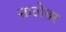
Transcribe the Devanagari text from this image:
साठोत्तर